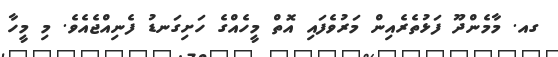
ގއ. މާމެންދޫ ފަޅުތެރެއިން މަރުވެފައި އޮތް މީހެއްގެ ހަށިގަނޑު ފެނިއްޖެއެވެ. މި މީހާ